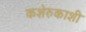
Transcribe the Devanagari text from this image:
कशेरुकाशी